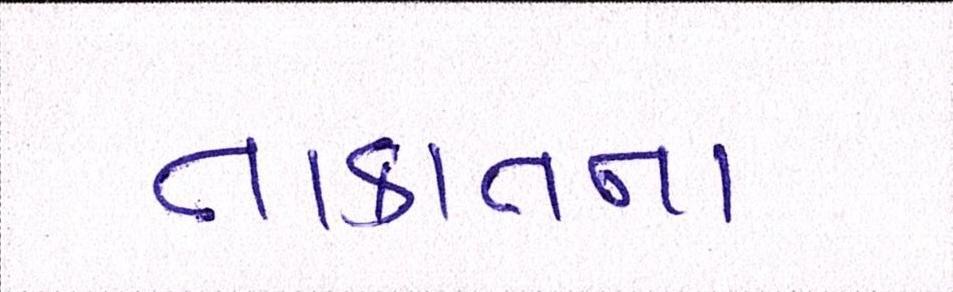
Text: તાકાતના